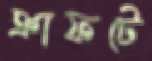
ক্রাফটে